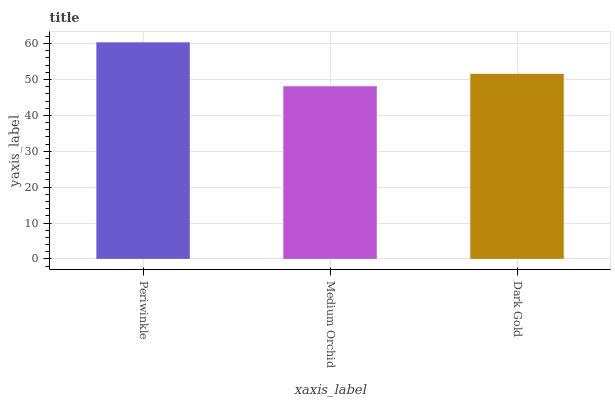
| xaxis_label | bars |
 | --- | --- |
 | Periwinkle | 60.4 |
 | Medium Orchid | 48.1 |
 | Dark Gold | 51.6 |